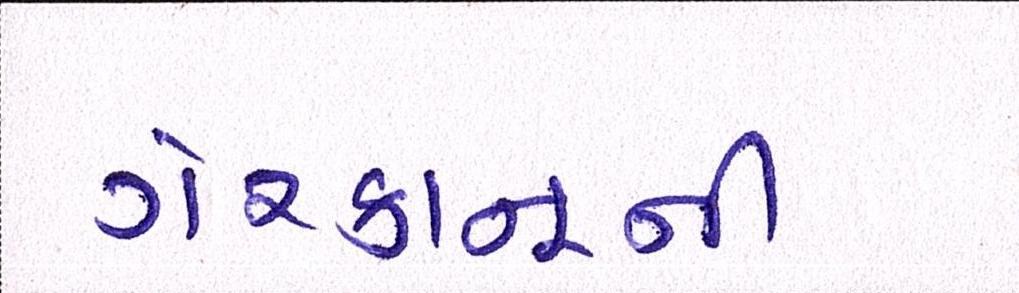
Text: ગેરકાનૂની